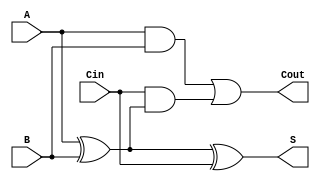
module low_power_full_adder (
    input wire A,        // First input bit
    input wire B,        // Second input bit
    input wire Cin,      // Carry-in bit
    output wire S,       // Sum output
    output wire Cout     // Carry-out output
);

// Internal signals for the intermediate calculations
wire AxorB;

// Compute the sum using XOR gates
assign AxorB = A ^ B;  // A XOR B
assign S = AxorB ^ Cin; // S = (A XOR B) XOR Cin

// Compute the carry-out using AND and OR gates
assign Cout = (A & B) | (Cin & AxorB); // Cout = (A AND B) OR (Cin AND (A XOR B))

endmodule